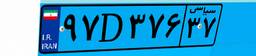
۹۷D۳۷۶۳۷